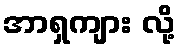
အာရှကျား လို့